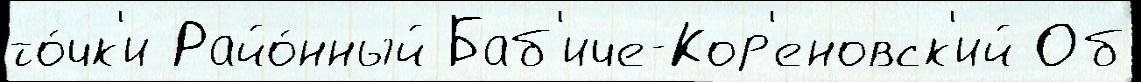
то́чк'и Райо́нный Баб'иче-Кор'еновск'ий Об